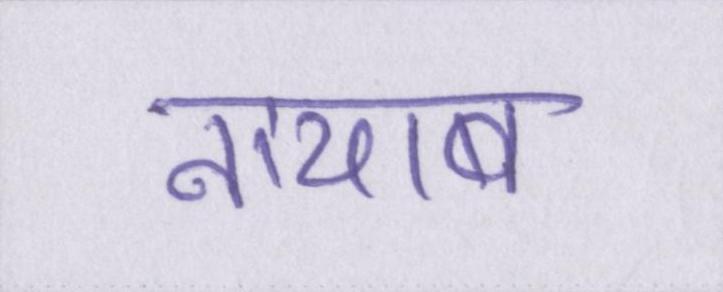
नायाब